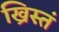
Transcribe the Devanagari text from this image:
ख्रिस्तं